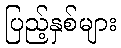
ပြည့်နှစ်များ